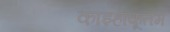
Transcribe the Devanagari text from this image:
काझ्हाकूतम